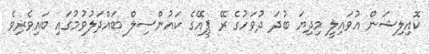
ކޮއިލިޝަން އުވައިލީ މިދިޔަ ބުދަ ދުވަހުގެ ރޭ ޕީއޭގެ ކައުންސިލް ބައްދަލުވުމުގައި ބައިވެރިވެ